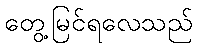
တွေ့မြင်ရလေသည်